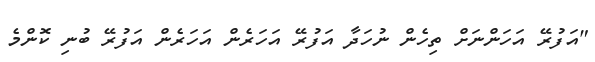
"އަފުރޭ އަހަންނަށް ތިހެން ނުހަދާ އަފުރޭ އަހަރެން އަހަރެން އަފުރޭ ބުނި ކޮންމެ